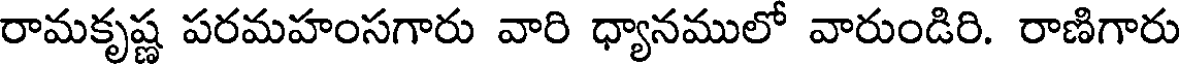
రామకృష్ణ పరమహంసగారు వారి ధ్యానములో వారుండిరి. రాణిగారు